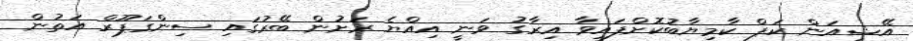
އޭޝިއަން ކަޕް ކާމިޔާބުކޮށްފައިވާ އިރާގު ވަނީ އިއްޔެ ރަށުން ބޭރުގައި ސިންގަޕޫރް އަތުން